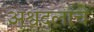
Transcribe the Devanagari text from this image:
अश्वदलाचे